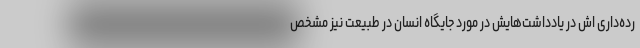
رده‌داری اش در یادداشت‌هایش در مورد جایگاه انسان در طبیعت نیز مشخص